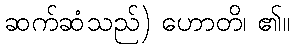
ဆက်ဆံသည်) ဟောတိ၊ ၏။